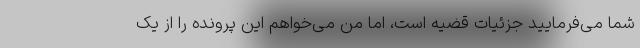
شما می‌فرمایید جزئیات قضیه است، اما من می‌خواهم این پرونده را از یک